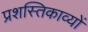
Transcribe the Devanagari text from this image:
प्रशस्तिकाव्यों